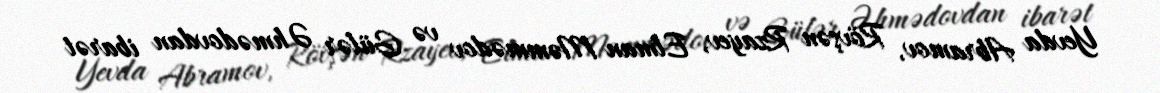
Yevda Abramov, Rövşən Rzayev, Elman Məmmədov və Gülər Əhmədovdan ibarət